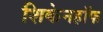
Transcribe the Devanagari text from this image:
शिकेनहॉफ